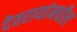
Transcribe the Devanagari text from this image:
देवरायांमधील